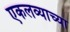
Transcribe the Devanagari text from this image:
एकलव्याच्या